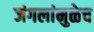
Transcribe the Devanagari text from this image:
जंगलांमुळेच